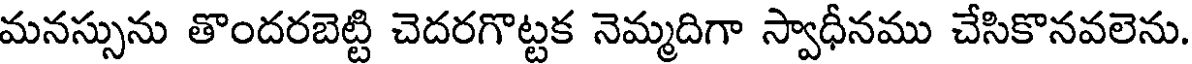
మనస్సును తొందరబెట్టి చెదరగొట్టక నెమ్మదిగా స్వాధీనము చేసికొనవలెను